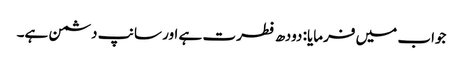
جواب میں فرمایا: دودھ فطرت ہے اور سانپ دشمن ہے۔